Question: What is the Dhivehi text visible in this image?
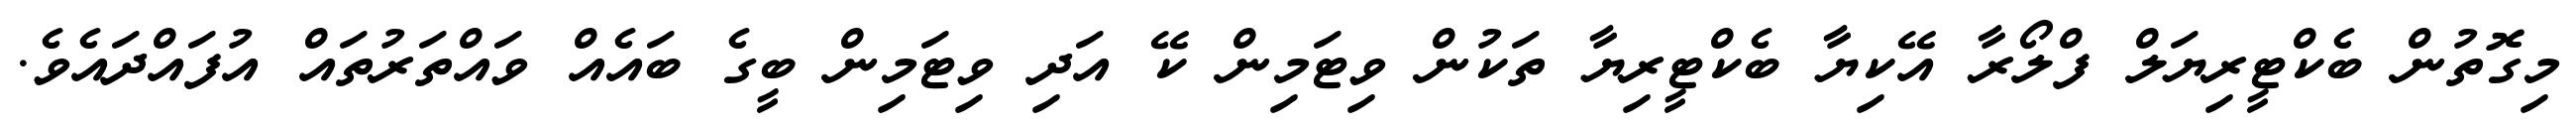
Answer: މިގޮތުން ބެކްޓީރިޔަލް ފްލޯރާ އޭކިޔާ ބެކްޓީރިޔާ ތަކުން ވިޓަމިން ކޭ އަދި ވިޓަމިން ބީގެ ބައެއް ވައްތަރުތައް އުފައްދައެވެ.